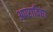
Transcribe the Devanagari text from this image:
अपराविद्या